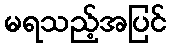
မရသည့်အပြင်